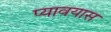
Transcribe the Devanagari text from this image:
प्यावयास